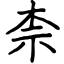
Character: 柰